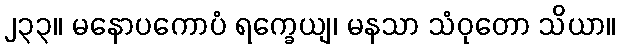
၂၃၃။ မနောပကောပံ ရက္ခေယျ၊ မနသာ သံဝုတော သိယာ။